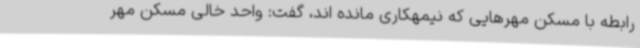
رابطه با مسکن مهرهایی که نیمهکاری مانده اند، گفت: واحد خالی مسکن مهر